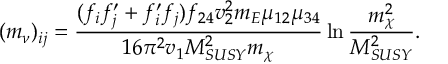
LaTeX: ( m _ { \nu } ) _ { i j } = { \frac { ( f _ { i } f _ { j } ^ { \prime } + f _ { i } ^ { \prime } f _ { j } ) f _ { 2 4 } v _ { 2 } ^ { 2 } m _ { E } \mu _ { 1 2 } \mu _ { 3 4 } } { 1 6 \pi ^ { 2 } v _ { 1 } M _ { S U S Y } ^ { 2 } m _ { \chi } } } \ln { \frac { m _ { \chi } ^ { 2 } } { M _ { S U S Y } ^ { 2 } } } .